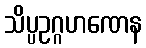
သိပ္ပဥဂ္ဂဟဏေန